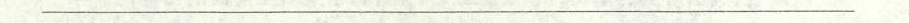
___